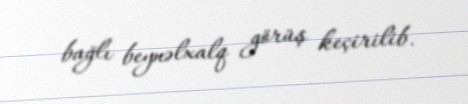
bağlı beynəlxalq görüş keçirilib.